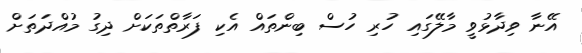
އޭނާ ވިދާޅުވީ މާލޭގައި ހުރި ހުސް ބިންތައް އެކި ފަރާތްތަކަށް ދިގު މުއްދަތަށް